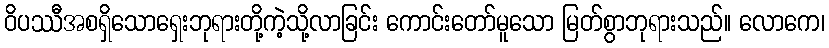
ဝိပဿီအစရှိသောရှေးဘုရားတို့ကဲ့သို့လာခြင်း ကောင်းတော်မူသော မြတ်စွာဘုရားသည်။ လောကေ၊